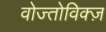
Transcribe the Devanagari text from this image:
वोज्तोविक्ज़